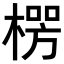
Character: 𪳏